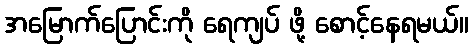
အမြောက်ပြောင်းကို ရေကျပ် ဖို့ စောင့်နေရမယ်။